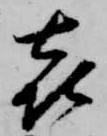
喜